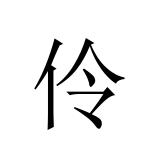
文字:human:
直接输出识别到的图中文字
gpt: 伶